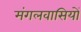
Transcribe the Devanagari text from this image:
मंगलवासियों